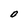
Character: O